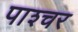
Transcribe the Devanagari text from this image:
पाश्‍चर